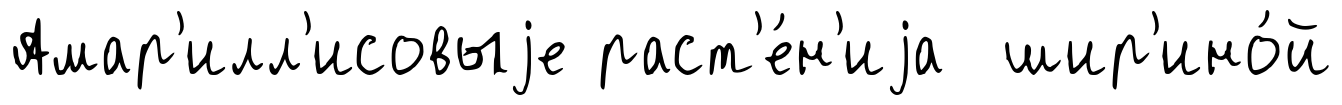
Амар'илл'исовыjе раст'е́н'иjа шир'ино́й